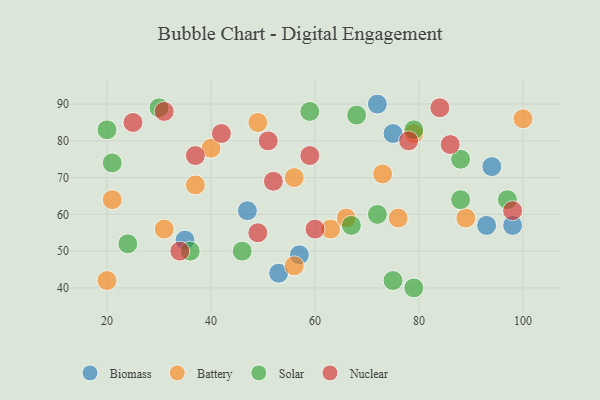
{"axis": {"x": "GDP", "y": "Life Expectancy"}, "legend": ["Battery", "Biomass", "Nuclear", "Solar"], "data": [{"x": "98", "y": 57, "type": "Biomass"}, {"x": "93", "y": 57, "type": "Biomass"}, {"x": "53", "y": 44, "type": "Biomass"}, {"x": "35", "y": 53, "type": "Biomass"}, {"x": "94", "y": 73, "type": "Biomass"}, {"x": "72", "y": 90, "type": "Biomass"}, {"x": "75", "y": 82, "type": "Biomass"}, {"x": "57", "y": 49, "type": "Biomass"}, {"x": "47", "y": 61, "type": "Biomass"}, {"x": "100", "y": 86, "type": "Battery"}, {"x": "49", "y": 85, "type": "Battery"}, {"x": "20", "y": 42, "type": "Battery"}, {"x": "56", "y": 46, "type": "Battery"}, {"x": "56", "y": 70, "type": "Battery"}, {"x": "89", "y": 59, "type": "Battery"}, {"x": "79", "y": 82, "type": "Battery"}, {"x": "21", "y": 64, "type": "Battery"}, {"x": "31", "y": 56, "type": "Battery"}, {"x": "63", "y": 56, "type": "Battery"}, {"x": "73", "y": 71, "type": "Battery"}, {"x": "40", "y": 78, "type": "Battery"}, {"x": "37", "y": 68, "type": "Battery"}, {"x": "76", "y": 59, "type": "Battery"}, {"x": "66", "y": 59, "type": "Battery"}, {"x": "88", "y": 75, "type": "Solar"}, {"x": "72", "y": 60, "type": "Solar"}, {"x": "88", "y": 64, "type": "Solar"}, {"x": "79", "y": 40, "type": "Solar"}, {"x": "75", "y": 42, "type": "Solar"}, {"x": "79", "y": 83, "type": "Solar"}, {"x": "46", "y": 50, "type": "Solar"}, {"x": "30", "y": 89, "type": "Solar"}, {"x": "20", "y": 83, "type": "Solar"}, {"x": "59", "y": 88, "type": "Solar"}, {"x": "36", "y": 50, "type": "Solar"}, {"x": "67", "y": 57, "type": "Solar"}, {"x": "68", "y": 87, "type": "Solar"}, {"x": "97", "y": 64, "type": "Solar"}, {"x": "24", "y": 52, "type": "Solar"}, {"x": "21", "y": 74, "type": "Solar"}, {"x": "31", "y": 88, "type": "Nuclear"}, {"x": "49", "y": 55, "type": "Nuclear"}, {"x": "78", "y": 80, "type": "Nuclear"}, {"x": "59", "y": 76, "type": "Nuclear"}, {"x": "86", "y": 79, "type": "Nuclear"}, {"x": "42", "y": 82, "type": "Nuclear"}, {"x": "25", "y": 85, "type": "Nuclear"}, {"x": "60", "y": 56, "type": "Nuclear"}, {"x": "98", "y": 61, "type": "Nuclear"}, {"x": "51", "y": 80, "type": "Nuclear"}, {"x": "84", "y": 89, "type": "Nuclear"}, {"x": "52", "y": 69, "type": "Nuclear"}, {"x": "37", "y": 76, "type": "Nuclear"}, {"x": "34", "y": 50, "type": "Nuclear"}]}